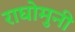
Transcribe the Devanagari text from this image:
राघोमुनी